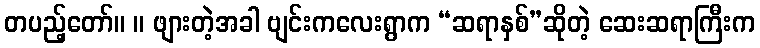
တပည့်တော်။ ။ ဖျားတဲ့အခါ ဗျင်းကလေးရွာက “ဆရာနှစ်”ဆိုတဲ့ ဆေးဆရာကြီးက